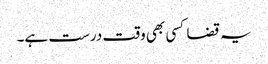
یہ قضا کسی بھی وقت درست ہے۔